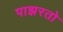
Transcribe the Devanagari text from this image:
पाझरतो